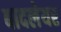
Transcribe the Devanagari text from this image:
बादलेयर